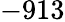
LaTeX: -913